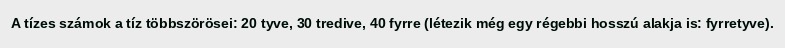
A tízes számok a tíz többszörösei: 20 tyve, 30 tredive, 40 fyrre (létezik még egy régebbi hosszú alakja is: fyrretyve).